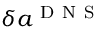
\delta { { a } ^ { \mathrm { ~ D ~ N ~ S ~ } } }